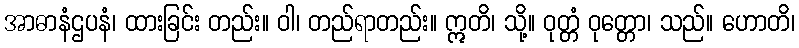
အာဓာနံဌပနံ၊ ထားခြင်း တည်း။ ဝါ၊ တည်ရာတည်း။ ဣတိ၊ သို့။ ဝုတ္တံ ဝုတ္တော၊ သည်။ ဟောတိ၊